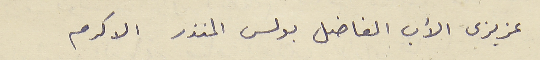
عزيزى الأب الفاضل بولس المنذر الاكرم